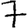
Digit: 7